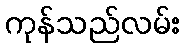
ကုန်သည်လမ်း